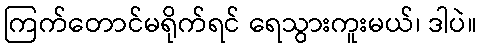
ကြက်တောင်မရိုက်ရင် ရေသွားကူးမယ်၊ ဒါပဲ။